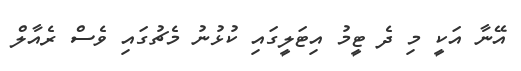
އޭނާ އަކީ މި ދެ ޓީމު އިޓަލީގައި ކުޅުނު މެޗުގައި ވެސް ރެއާލް